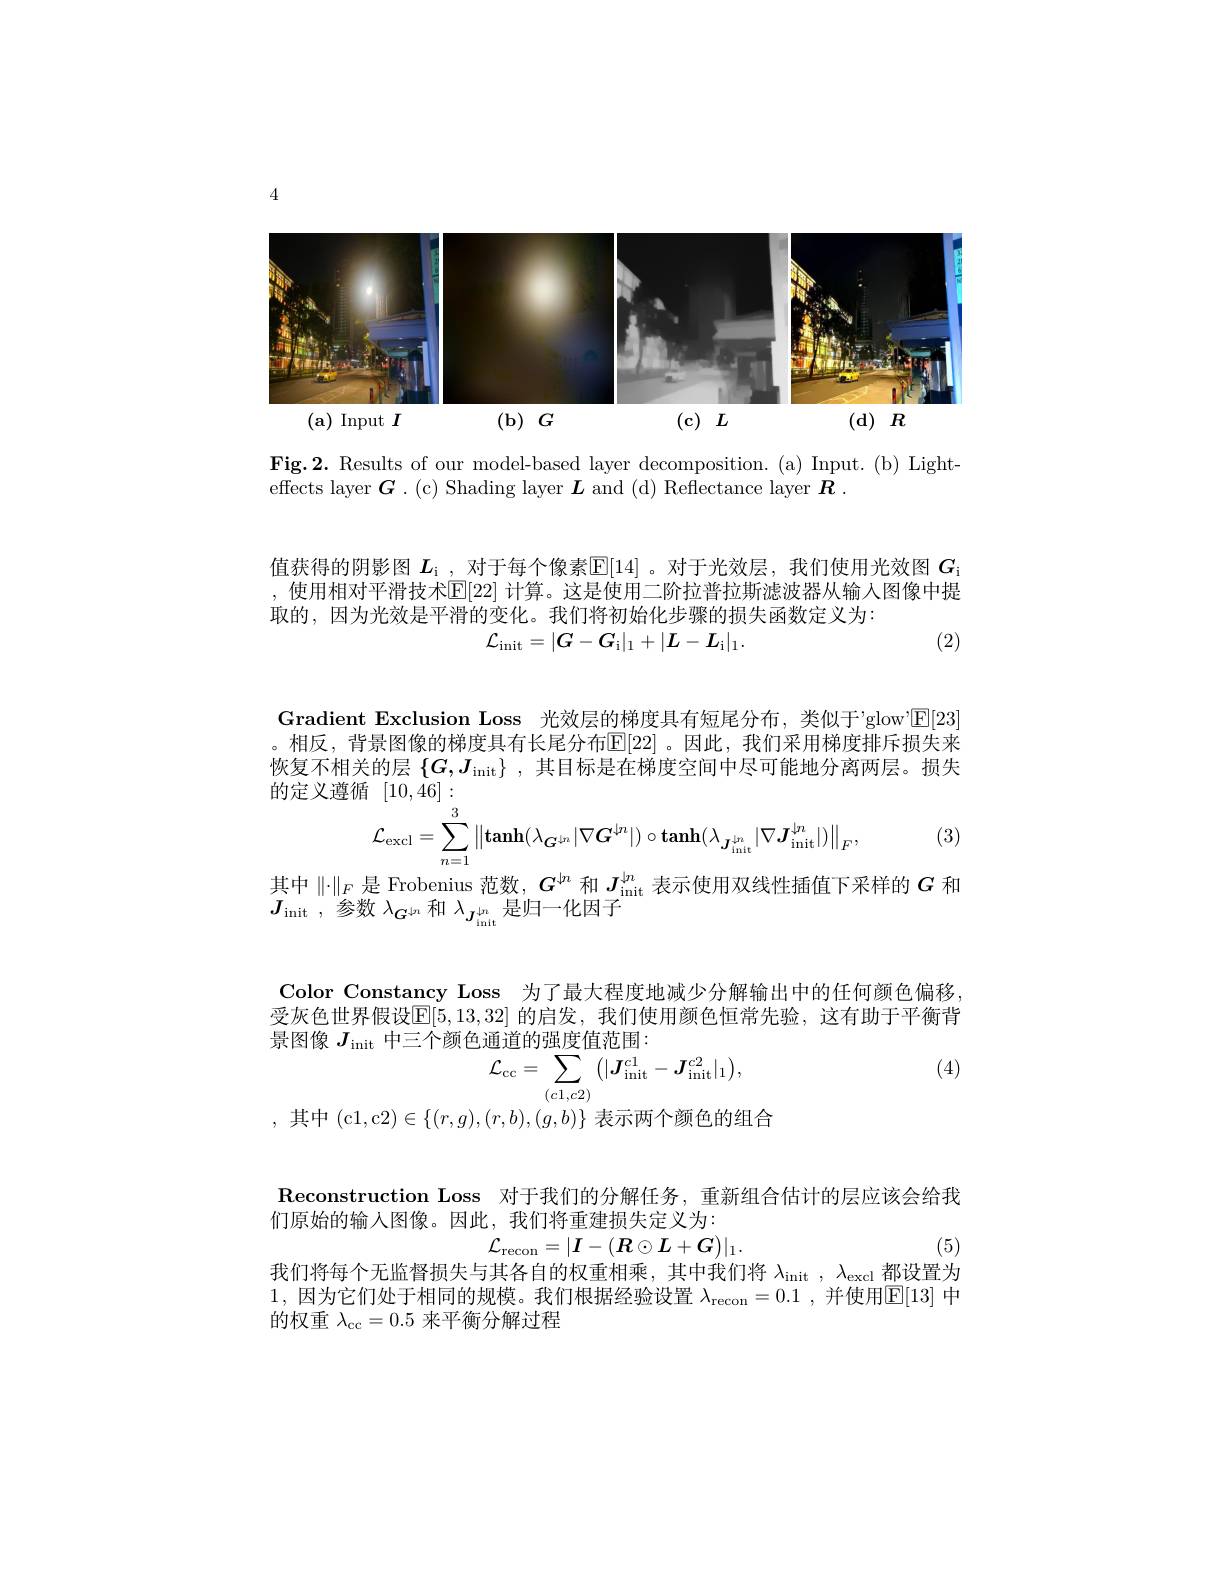
4

<FigureHere>
$(\mathbf{a})$ Input $I$ $(\mathbf{b})G$ (c) $L$
$( d)$ $R$

Fig.2. Results of our model-based layer decomposition. (a) Input. (b) Light-
effects layer $\boldsymbol{G}.$ ( c) Shading layer $\boldsymbol{L}$ and (d) Reflectance layer $\boldsymbol{R}$

值获得的阴影图 $L_\mathrm{i}$ ,对于每个像素$\mathbb{E}[14]$ 。对于光效层，我们使用光效图 $G_\mathrm{i}$ ,使用相对平滑技术$\mathbb{E}[22]$ 计算。这是使用二阶拉普拉斯滤波器从输入图像中提取的，因为光效是平滑的变化。我们将初始化步骤的损失函数定义为：
$$\mathcal{L}_{\mathrm{init}}=|G-G_{\mathrm{i}}|_1+|L-L_{\mathrm{i}}|_1.$$
(2)

Gradient Exclusion Loss 光效层的梯度具有短尾分布，类似于'glow'$\mathbb{E}[23]$ 。相反，背景图像的梯度具有长尾分布$\mathbb{E}[22]$ 。因此，我们采用梯度排斥损失来恢复不相关的层$\{G,J_{\mathrm{init}}\}$ ,其目标是在梯度空间中尽可能地分离两层。损失的定义遵循[10,46]:
$$\mathcal{L}_{\mathrm{excl}}=\sum_{n=1}^{3}\left\|\mathrm{tanh}(\lambda_{\boldsymbol{G}^{\downarrow n}}|\nabla\boldsymbol{G}^{\downarrow n}|)\circ\mathrm{tanh}(\lambda_{\boldsymbol{J}_{\mathrm{init}}^{\downarrow n}}|\nabla\boldsymbol{J}_{\mathrm{init}}^{\downarrow n}|)\right\|_{F},$$
(3)

其中$\|\cdot\|_F$是 Frobenius 范数，$G^{\downarrow n}$和$J_\mathrm{init}^{\downarrow n}$表示使用双线性插值下采样的$G$和
$J_{\mathrm{init~,~参数~}\lambda_{G^{\downarrow n}}\text{ 和 }\lambda_{\boldsymbol{J}_{\mathrm{init}}}^{\downarrow n}\text{ 是归一化因子}}$

Color Constancy Loss 为了最大程度地减少分解输出中的任何颜色偏移受灰色世界假设$\overline{\mathbb{E}}[5,13,32]$ 的启发，我们使用颜色恒常先验，这有助于平衡背景图像$J_\mathrm{init}$中三个颜色通道的强度值范围：
$$\mathcal{L}_{\mathrm{cc}}=\sum_{(c1,c2)}\big(|\boldsymbol{J}_{\mathrm{init}}^{c1}-\boldsymbol{J}_{\mathrm{init}}^{c2}|_{1}\big),$$
(4)

,其中(c1,c$2)\in\{(r,g),(r,b),(g,b)\}$表示两个颜色的组合

Reconstruction Loss 对于我们的分解任务，重新组合估计的层应该会给我
们原始的输入图像。因此，我们将重建损失定义为：
$\mathcal{L}_{\mathrm{recon}}=|\boldsymbol{I}-(\boldsymbol{R}\odot\boldsymbol{L}+\boldsymbol{G})|_1.$

我们将每个无监督损失与其各自的权重相乘，其中我们将$\lambda_\mathrm{init},\lambda_\mathrm{excl}$都设置为

(5)

1,因为它们处于相同的规模。我们根据经验设置$\lambda_\mathrm{recon}=0.1$,并使用$\overline{\mathbb{E}}[13]$中
的权重$\lambda_\mathrm{cc}=0.5$来平衡分解过程